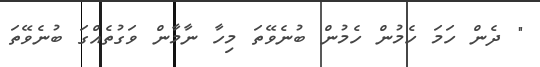
" ދެން ހަމަ ހެމުން ހެމުން ބުނެވޭތަ މިހާ ނާމާން ވަގުތެއްގަ ބުނެވޭތަ